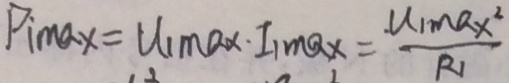
P _ { 1 } \max = u _ { 1 } a x \cdot I _ { 1 } \max = \frac { u _ { 1 \max ^ { 2 } } } { R _ { 1 } }